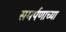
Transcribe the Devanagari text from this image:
समर्पणाच्या